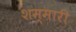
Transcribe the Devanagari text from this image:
शम्मारी